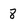
Character: 8